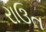
રાઉત